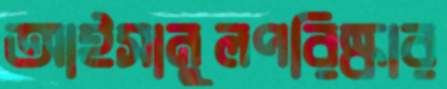
আইসানুলপরিষ্কার